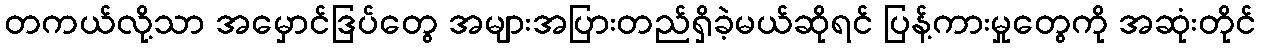
တကယ်လို့သာ အမှောင်ဒြပ်တွေ အများအပြားတည်ရှိခဲ့မယ်ဆိုရင် ပြန့်ကားမှုတွေကို အဆုံးတိုင်